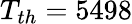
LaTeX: T_{th}=5498